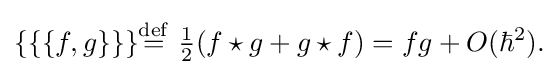
{\begin{aligned}\{\{\{f,g\}\}\}&{\stackrel {\mathrm {def} }{=}}\ {\tfrac {1}{2}}(f\star g+g\star f)=fg+O(\hbar ^{2}).\\\end{aligned}}